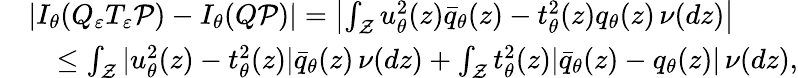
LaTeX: \begin{array}{rl}&{\left|I_{\theta}(Q_{\varepsilon}T_{\varepsilon}{\mathcal P})-I_{\theta}(Q{\mathcal P})\right|=\left|\int_{\mathcal Z}u_{\theta}^{2}(z)\bar{q}_{\theta}(z)-t_{\theta}^{2}(z)q_{\theta}(z)\, \nu(dz)\right|}\\ &{\quad\le\int_{\mathcal Z}|u_{\theta}^{2}(z)-t_{\theta}^{2}(z)|\bar{q}_{\theta}(z)\, \nu(dz)+\int_{\mathcal Z}t_{\theta}^{2}(z)|\bar{q}_{\theta}(z)-q_{\theta}(z)|\, \nu(dz),}\end{array}